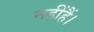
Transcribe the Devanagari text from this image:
नहींहैं।